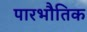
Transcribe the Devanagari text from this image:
पारभौतिक